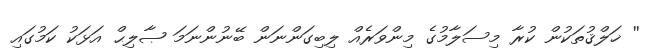
'' ޚަލްޤުތަކުން ކުރާ މިސަލާމުގެ މިންވަރެއް ލިބިގަންނަން ބޭނުންނަމަ ޞާލިޙް އަޅަކު ކަމުގައި